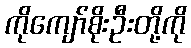
ကိုကျော်စိုးဦးတို့ကို